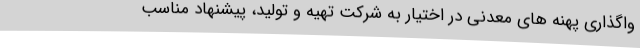
واگذاری پهنه های معدنی در اختیار به شرکت تهیه و تولید، پیشنهاد مناسب